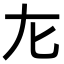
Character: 㔫